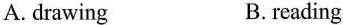
A.drawing B.reading